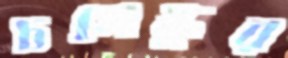
চসেস্কুর